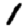
Digit: 1